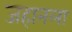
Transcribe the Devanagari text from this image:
जहानला